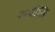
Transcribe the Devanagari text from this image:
शयीति